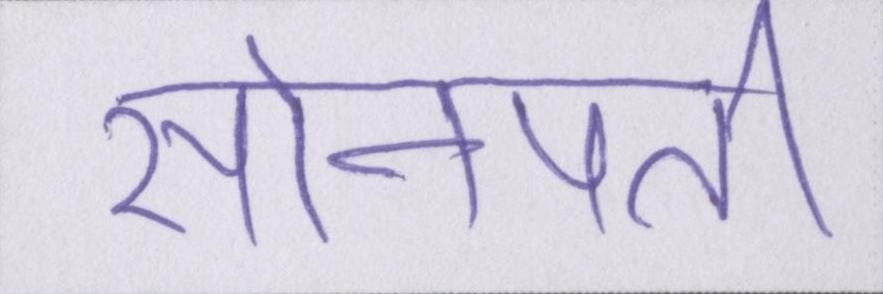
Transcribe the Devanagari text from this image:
सोनपती